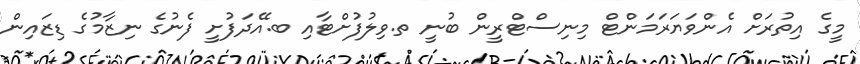
މީގެ އިތުރަށް އެންވަޔަރަމަންޓް މިނިސްޓްރީން ބުނީ ތ.ވިލުފުށްޓާއި ބ.އޭދަފުށީ ފެނުގެ ނިޒާމުގެ ޑިޒައިން